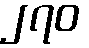
၂၇၀